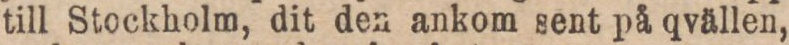
till Stockholm, dit den ankom sent på qvällen,